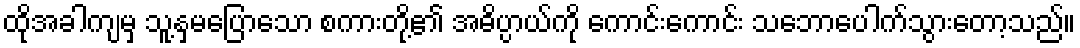
ထိုအခါကျမှ သူ့နှမပြောသော စကားတို့၏ အဓိပ္ပာယ်ကို ကောင်းကောင်း သဘောပေါက်သွားတော့သည်။